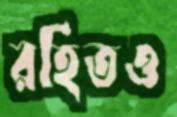
রহিতও